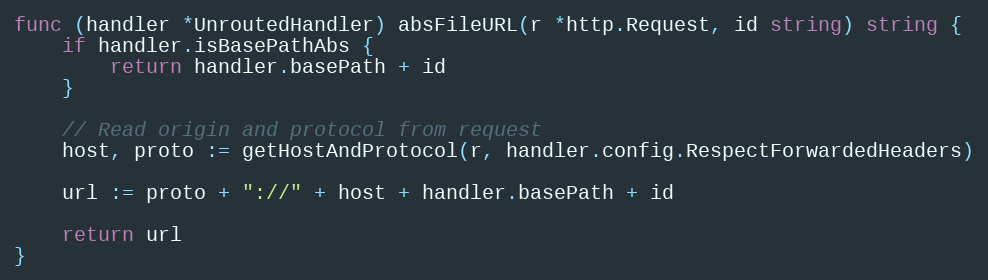
Language: Go
func (handler *UnroutedHandler) absFileURL(r *http.Request, id string) string {
	if handler.isBasePathAbs {
		return handler.basePath + id
	}

	// Read origin and protocol from request
	host, proto := getHostAndProtocol(r, handler.config.RespectForwardedHeaders)

	url := proto + "://" + host + handler.basePath + id

	return url
}